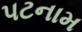
પટનામ